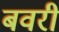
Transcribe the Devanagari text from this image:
बवरी